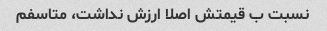
نسبت ب قیمتش اصلا ارزش نداشت، متاسفم